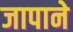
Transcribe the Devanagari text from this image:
जापाने